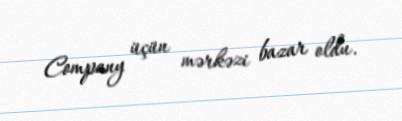
Company üçün mərkəzi bazar oldu.